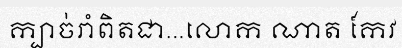
ក្បាច់រាំពិតជា...លោក ណាត កែវ